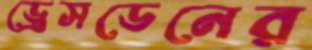
ড্রেসডেনের